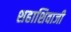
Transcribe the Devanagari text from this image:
शहाशिवाजी